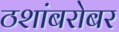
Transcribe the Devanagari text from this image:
ठशांबरोबर